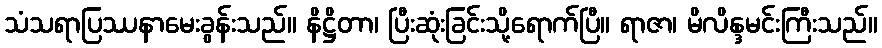
သံသရာပြဿနာမေးခွန်းသည်။ နိဋ္ဌိတာ၊ ပြီးဆုံးခြင်းသို့ရောက်ပြီ။ ရာဇာ၊ မိလိန္ဒမင်းကြီးသည်။